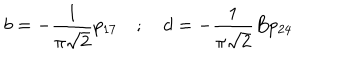
b = - \frac { 1 } { \pi \sqrt { 2 } } p _ { 1 7 } \quad ; \quad d = - \frac { 1 } { \pi \sqrt { 2 } } B p _ { 2 4 }